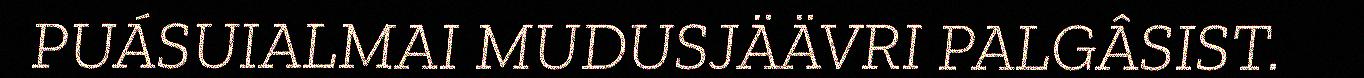
PUÁSUIALMAI MUDUSJÄÄVRI PALGÂSIST.